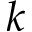
k